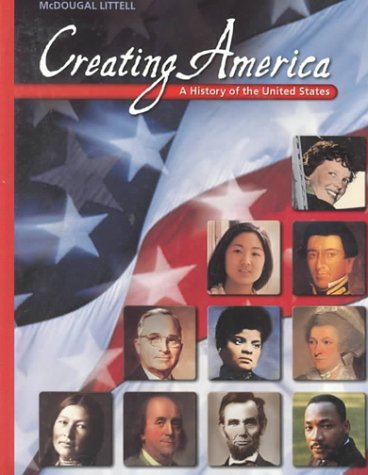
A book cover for McDougal Littell Creating America: A History of the United States Grades 6-8 2001; MCDOUGAL LITTEL; Children's Books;